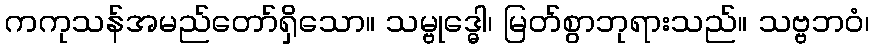
ကကုသန်အမည်တော်ရှိသော။ သမ္ဗုဒ္ဓေါ၊ မြတ်စွာဘုရားသည်။ သဗ္ဗဘဝံ၊